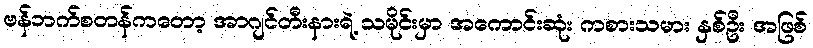
ဗန်ဘက်စတန်ကတော့ အာဂျင်တီးနားရဲ့ သမိုင်းမှာ အကောင်းဆုံး ကစားသမား နှစ်ဦး အဖြစ်